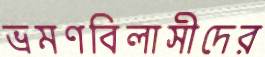
ভ্রমণবিলাসীদের